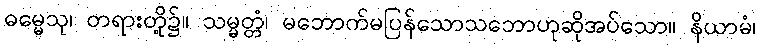
ဓမ္မေသု၊ တရားတို့၌။ သမ္မတ္တံ၊ မဘောက်မပြန်သောသဘောဟုဆိုအပ်သော။ နိယာမံ၊